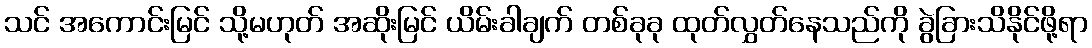
သင် အကောင်းမြင် သို့မဟုတ် အဆိုးမြင် ယိမ်းခါချက် တစ်ခုခု ထုတ်လွှတ်နေသည်ကို ခွဲခြားသိနိုင်ဖို့ရာ